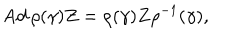
LaTeX: \mathrm { A d } \, \rho ( \gamma ) Z = \rho ( \gamma ) Z \rho ^ { - 1 } ( \gamma ) ,